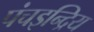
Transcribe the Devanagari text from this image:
पंचइन्द्रिय